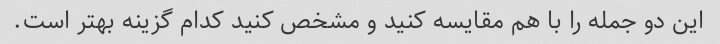
این دو جمله را با هم مقایسه کنید و مشخص کنید کدام گزینه بهتر است.